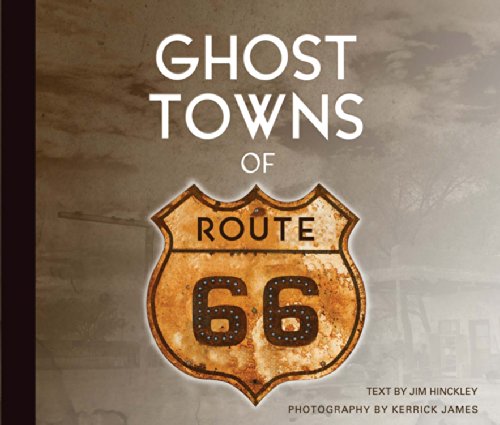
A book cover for Ghost Towns of Route 66; Jim Hinckley; Arts & Photography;